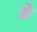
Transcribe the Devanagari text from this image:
थे़